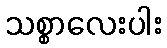
သစ္စာလေးပါး